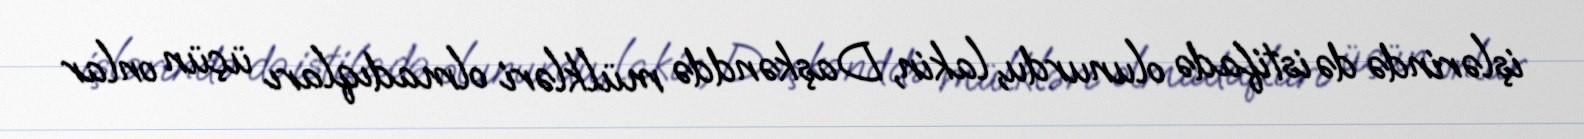
işlərində də istifadə olunurdu, lakin, Daşkənddə mülkləri olmadıqları üçün onlar